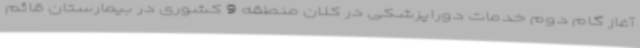
آغاز گام دوم خدمات دوراپزشکی در کلان منطقه 9 کشوری در بیمارستان قائم